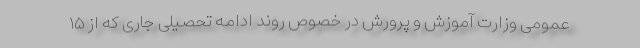
عمومی وزارت آموزش و پرورش در خصوص روند ادامه تحصیلی جاری که از ١۵